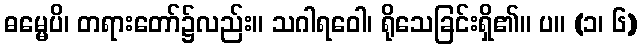
ဓမ္မေပိ၊ တရားတော်၌လည်း။ သဂါရဝေါ၊ ရိုသေခြင်းရှိ၏။ ပ။ (၁၊ ၆)